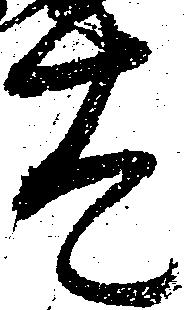
太